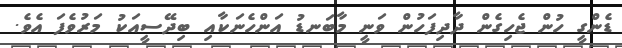
ޑެންގީ ހުން ޖެހިގެން ދާދިފަހުން ވަނީ މާބަނޑު އަންހެނަކާއި ބިދޭސީއަކު މަރުވެފަ އެވެ.